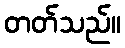
တတ်သည်။